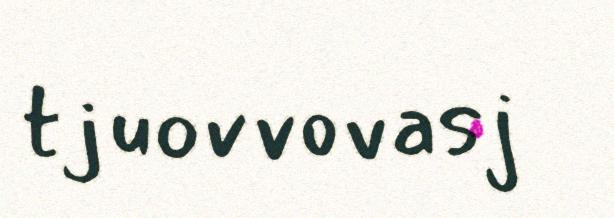
tjuovvovasj